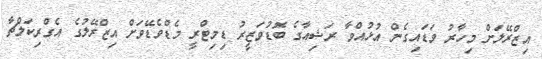
އިޒްރޭލަށް މިހާރު ވަޑައިގެން އުޅުއްވާ ރަޝިއާގެ ބޮޑުވަޒީރު ޑިމިޓްރީ މެޑްވެޑޭވަށް އިޒްރޭލުގެ އެގްރިކަލްޗާ